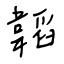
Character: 韜